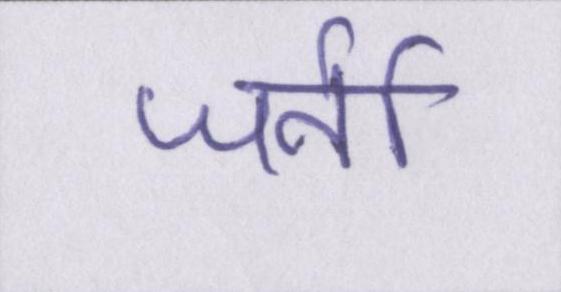
जर्नी